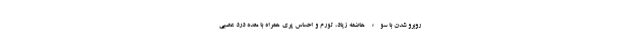
روبرو شدن با سوء هاضمه زیاد، تورم و احساس پری همراه با معده درد عصبی